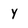
Character: y